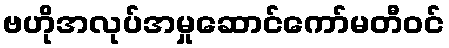
ဗဟိုအလုပ်အမှုဆောင်ကော်မတီဝင်